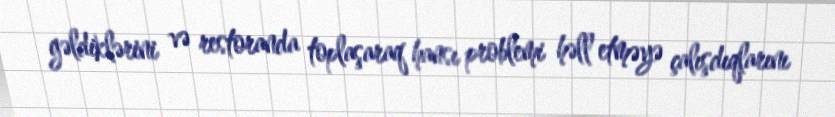
gəldiklərini və restoranda toplaşaraq hansı problemi həll etməyə çalışdıqlarını